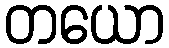
တယော